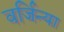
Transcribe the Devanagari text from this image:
वर्जिन्या